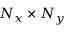
N _ { x } \times N _ { y }